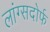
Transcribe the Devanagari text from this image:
लांग्सदोर्फ